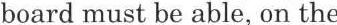
board must be able, on the